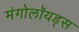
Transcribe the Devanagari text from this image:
मंगोलॉयड्स